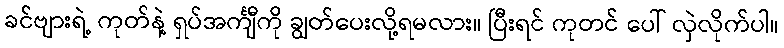
ခင်ဗျားရဲ့ ကုတ်နဲ့ ရှပ်အင်္ကျီကို ချွတ်ပေးလို့ရမလား။ ပြီးရင် ကုတင် ပေါ် လှဲလိုက်ပါ။